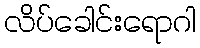
လိပ်ခေါင်းရောဂါ